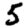
Digit: 5